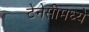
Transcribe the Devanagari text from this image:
टेनेसीमध्ये